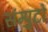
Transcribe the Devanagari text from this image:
संम्पुटों